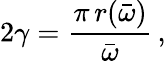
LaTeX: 2\gamma=\frac{\pi\, r(\bar{\omega})}{\bar{\omega}}\, ,